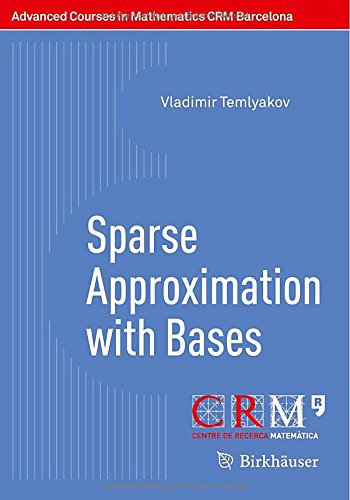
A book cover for Sparse Approximation with Bases (Advanced Courses in Mathematics - CRM Barcelona); Vladimir Temlyakov; Computers & Technology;